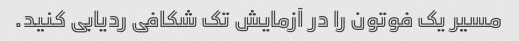
مسیر یک فوتون را در آزمایش تک شکافی ردیابی کنید.